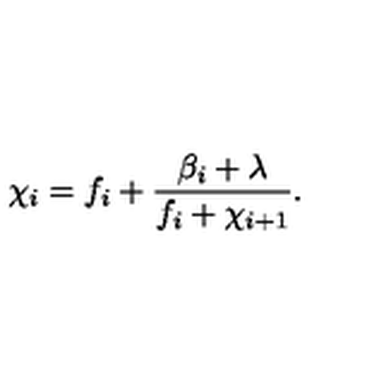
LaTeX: \chi _ { i } = f _ { i } + \frac { \beta _ { i } + \lambda } { f _ { i } + \chi _ { i + 1 } } .